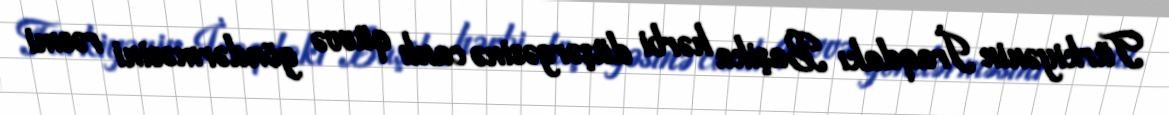
Türkiyənin İraqdakı Başika hərbi düşərgəsinə canlı qüvvə göndərməsini rəsmi